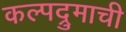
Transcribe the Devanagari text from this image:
कल्पद्रुमाची